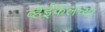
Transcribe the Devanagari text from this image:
व्हेईकलच्या